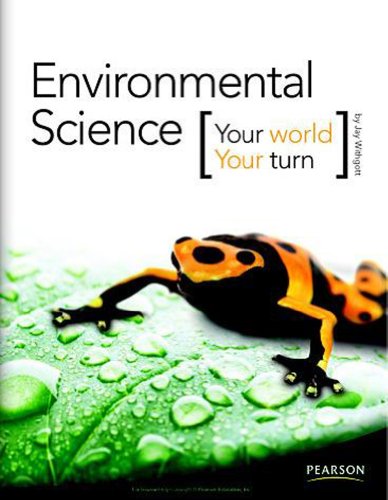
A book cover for Environmental Science: Your World, Your Turn; Jay Withgott; Science & Math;